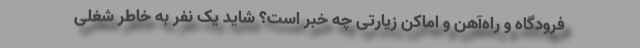
فرودگاه و راه‌آهن و اماکن زیارتی چه خبر است؟ شاید یک نفر به خاطر شغلی